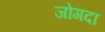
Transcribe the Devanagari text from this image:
जोगदा